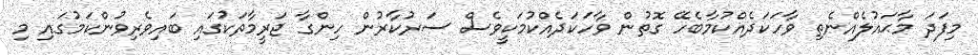
މިފަދަ މާޙައުލެއްނެތި ވާހަކަދެއްކުމާބެހޭ ގޮތުން ވާހަކަދެއްކުމަކީވެސް ސަރުކާރުން ހިންގާ ޖަރީމާތަކުގައި ބައިވެރިވުންކަމުގައި މި